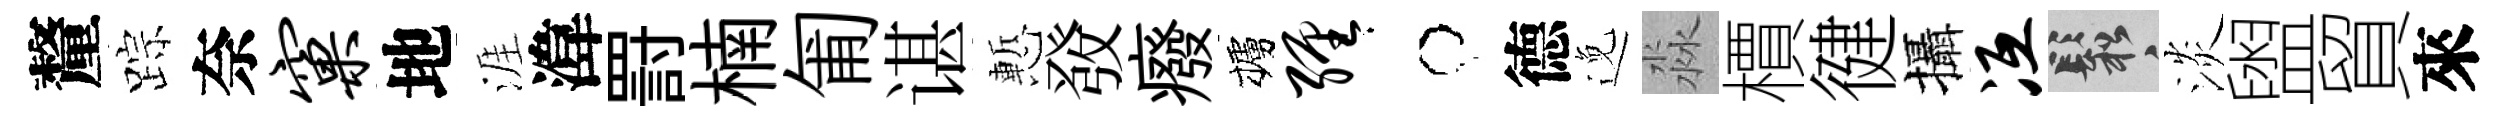
釐踪奈窠地涯湋罸楠匍谌慙𤼲癈櫨缠牛德𨓜淼檟徤攝冱鬆淡盥貿來